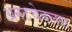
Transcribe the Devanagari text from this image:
अनटचेबलस